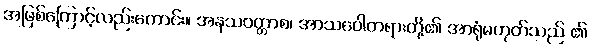
အဖြစ်ကြောင့်လည်းကောင်း။ အနသဝတ္တာစ၊ အာသဝေါတရားတို့၏ အာရုံမဟုတ်သည် ၏